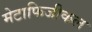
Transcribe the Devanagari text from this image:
मेटाफिजीकल